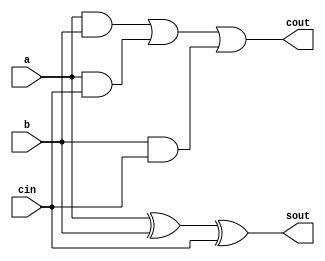
module fa(a,b,cin,sout,cout);
  output sout,cout;
  input a,b,cin;
  assign sout=(a^b^cin);
  assign cout=((a&b)|(a&cin)|(b&cin));
endmodule